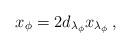
LaTeX: \begin{align*}x_{\phi }=2d_{\lambda _{\phi }}x_{\lambda _{\phi }}\, ,\end{align*}